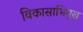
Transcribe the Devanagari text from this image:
विकासाभिमुख